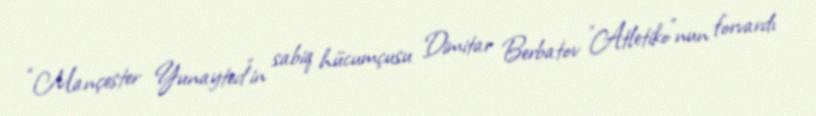
“Mançester Yunayted”in sabiq hücumçusu Dimitar Berbatov "Atletiko"nun forvardı